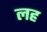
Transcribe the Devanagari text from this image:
लह